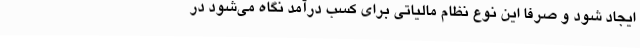
ایجاد شود و صرفا این نوع نظام مالیاتی برای کسب درآمد نگاه می‌شود در